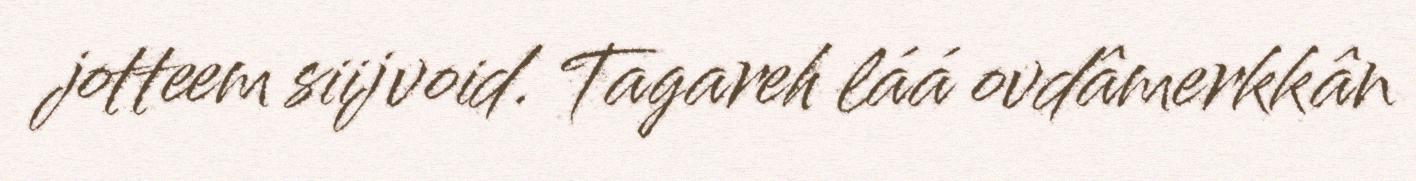
jotteem siijvoid. Tagareh láá ovdâmerkkân